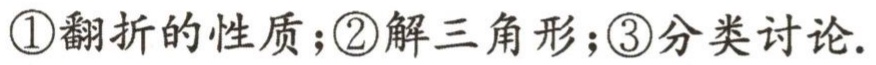
\textcircled{1}翻折的性质；\textcircled{2}解三角形；\textcircled{3}分类讨论.